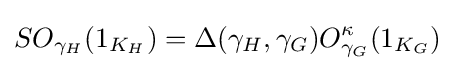
SO_{\gamma _{H}}(1_{K_{H}})=\Delta (\gamma _{H},\gamma _{G})O_{\gamma _{G}}^{\kappa }(1_{K_{G}})